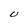
Character: U